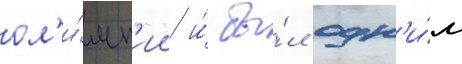
ол'и́мп'ии и́ бы́л одн'и́м